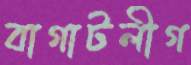
বাগাটলীগ